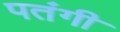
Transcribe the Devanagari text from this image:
पतंगी